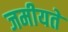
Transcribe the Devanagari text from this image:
जमीयते